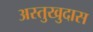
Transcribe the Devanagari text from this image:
अस्तुखुदास